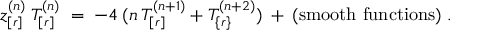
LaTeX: z _ { [ r ] } ^ { ( n ) } \: T _ { [ r ] } ^ { ( n ) } \; = \; - 4 \: ( n \: T _ { [ r ] } ^ { ( n + 1 ) } + T _ { \{ r \} } ^ { ( n + 2 ) } ) \: + \: { \mathrm { ( s m o o t h ~ f u n c t i o n s ) } } \; .